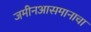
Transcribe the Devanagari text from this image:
जमीनआसमानाचा